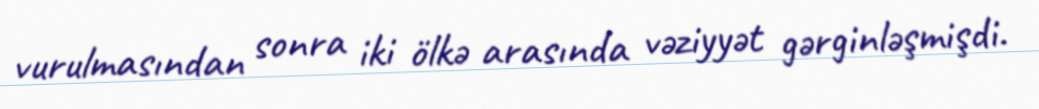
vurulmasından sonra iki ölkə arasında vəziyyət gərginləşmişdi.